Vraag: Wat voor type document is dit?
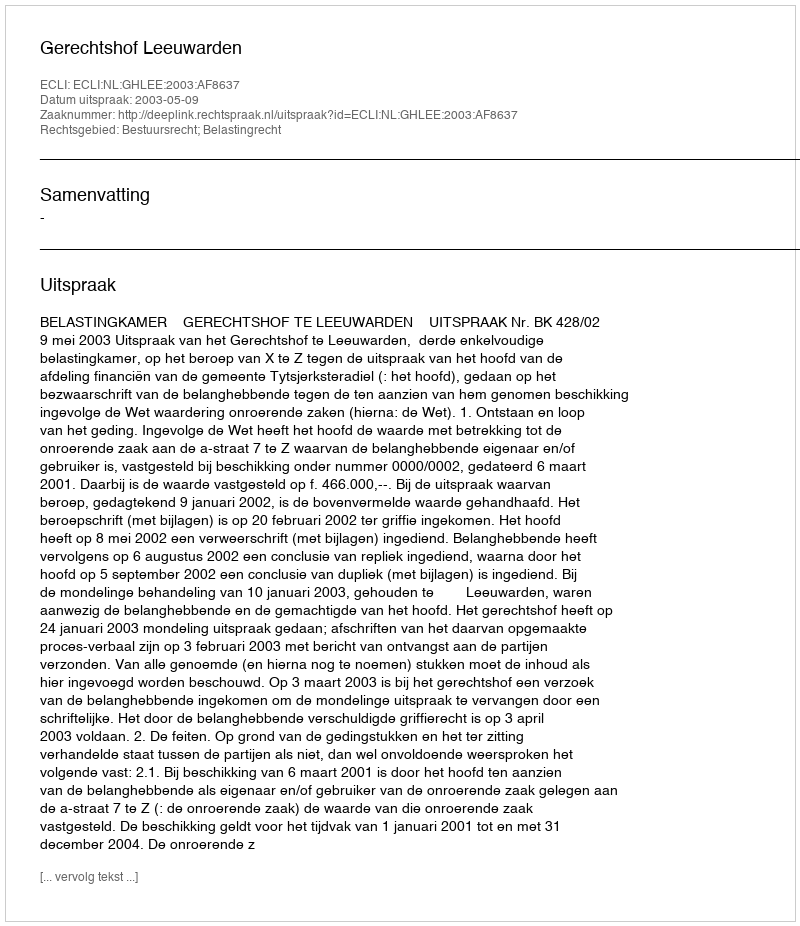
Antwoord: Uitspraak